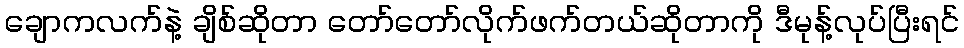
ချောကလက်နဲ့ ချိစ်ဆိုတာ တော်တော်လိုက်ဖက်တယ်ဆိုတာကို ဒီမုန့်လုပ်ပြီးရင်